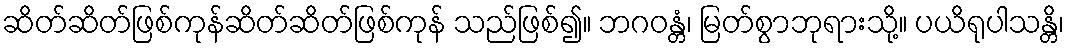
ဆိတ်ဆိတ်ဖြစ်ကုန်ဆိတ်ဆိတ်ဖြစ်ကုန် သည်ဖြစ်၍။ ဘဂဝန္တံ၊ မြတ်စွာဘုရားသို့။ ပယိရုပါသန္တိ၊